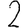
Digit: 2